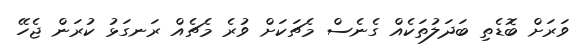
ވަރަށް ބޮޑެތި ބަދަލުތަކެއް ގެނެސް މެޗަކަށް ވުރެ މެޗެއް ރަނގަޅު ކުރަން ޖެހޭ